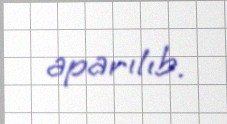
aparılıb.